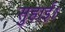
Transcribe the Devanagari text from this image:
सुहाई।